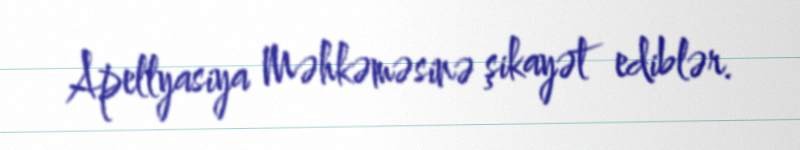
Apellyasiya Məhkəməsinə şikayət ediblər.